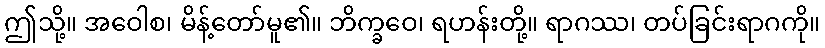
ဤသို့။ အဝေါစ၊ မိန့်တော်မူ၏။ ဘိက္ခဝေ၊ ရဟန်းတို့။ ရာဂဿ၊ တပ်ခြင်းရာဂကို။